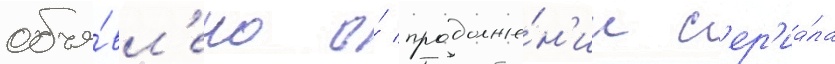
объя́вл'ено о́ продолже́н'ии с'ер'иа́ла